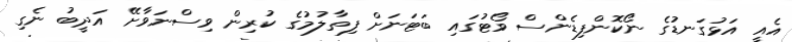
އެއީ އަޅުގަނޑުގެ ނޯކޮންފިޑެންސް ވޯޓުގައި ބަޓަނަށް ފިތާލުމުގެ ކުރިން ވިސްނަވާށޭ އަދީބު ނެގި